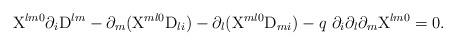
LaTeX: \begin{align*}{\rm X}^{l m 0} \partial_i {\rm D}^{l m} - \partial_m ({\rm X}^{m l 0} {\rm D}_{l i}) -\partial_l({\rm X}^{m l 0} {\rm D}_{m i}) - q{~}\partial_i \partial_l \partial_m {\rm X}^{l m 0}= 0.\end{align*}